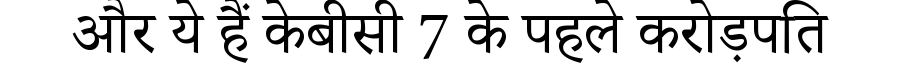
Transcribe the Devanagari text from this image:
और ये हैं केबीसी 7 के पहले करोड़पति